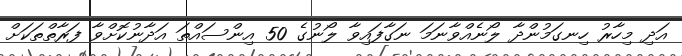
އަދި މިހާރު ހިނގަމުންދާ ލޯނެއްވާނަމަ ނަގާފައިވާ ލޯނުގެ 50 އިންސައްތަ އަދާނުކޮށްވާ ފަރާތްތަކަށް